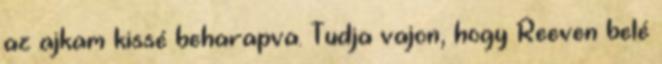
az ajkam kissé beharapva. Tudja vajon, hogy Reeven belé